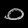
Digit: ၀